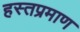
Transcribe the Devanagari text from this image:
हस्तप्रमाण